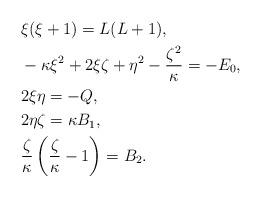
LaTeX: \begin{align*} &\xi(\xi+1) = L(L+1), \\ &- \kappa \xi^2 + 2\xi\zeta + \eta^2 - \frac{\zeta^2}{\kappa} = - E_0, \\ &2\xi\eta = -Q, \\ &2\eta\zeta = \kappa B_1, \\ &\frac{\zeta}{\kappa} \left(\frac{\zeta}{\kappa}-1\right) = B_2. \end{align*}